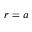
r = a